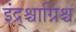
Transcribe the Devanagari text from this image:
इंद्र्श्चाग्निश्च